Indian journal of veterinary science and animal husbandry - Volume 1,
Year: 1931
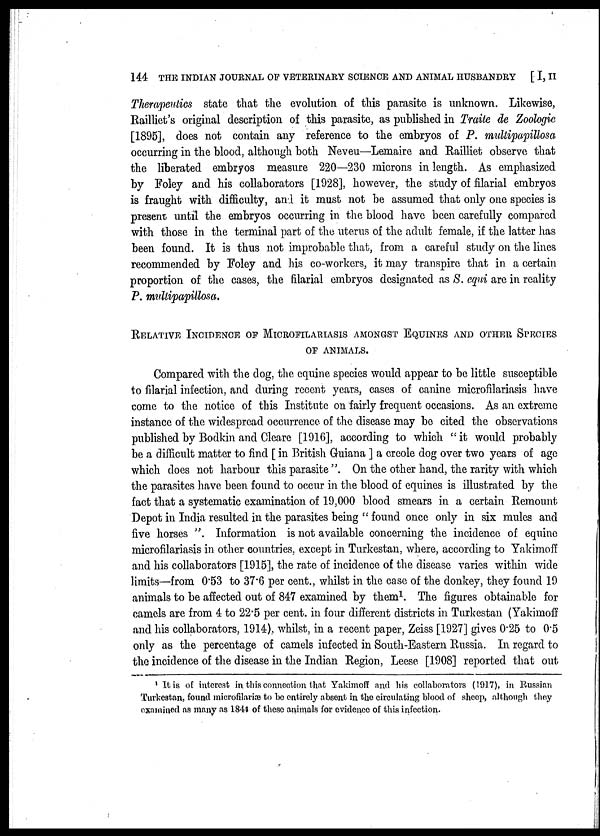
144 THE INDIAN JOURNAL OF VETERINARY SCIENCE AND ANIMAL HUSBANDRY [ I, II
Therapeutics state that the evolution of this parasite is unknown. Likewise,
Railliet's original description of this parasite, as published in Traile de Zoologic
[1895], does not contain any reference to the embryos of P. multipapillosa
occurring in the blood, although both Neveu—Lemaire and Railliet observe that
the liberated embryos measure 220—230 microns in length. As emphasized
by Foley and his collaborators [1928], however, the study of filarial embryos
is fraught with difficulty, and it must not be assumed that only one species is
present until the embryos occurring in the blood have been carefully compared
with those in the terminal part of the uterus of the adult female, if the latter has
been found. It is thus not improbable that, from a careful study on the lines
recommended by Foley and his co-workers, it may transpire that in a certain
proportion of the cases, the filarial embryos designated as S. equi are in reality
P. multipapillosa.
RELATIVE INCIDENCE OF MICROFILARIASIS AMONGST EQUINES AND OTHER S
OF ANIMALS.
Compared with the dog, the equine species would appear to be little susceptible
to filarial infection, and during recent years, cases of canine microfilariasis have
come to the notice of this Institute on fairly frequent occasions. As an extreme
instance of the widespread occurrence of the disease may be cited the observations
published by Bodkin and Cleare [1916], according to which " it would probably
be a difficult matter to find [ in British Guiana ] a creole dog over two years of age
which does not harbour this parasite ". On the other hand, the rarity with which
the parasites have been found to occur in the blood of equines is illustrated by the
fact that a systematic examination of 19,000 blood smears in a certain Remount
Depot in India resulted in the parasites being " found once only in six mules and
five horses ". Information is not available concerning the incidence of equine
microfilariasis in other countries, except in Turkestan, where, according to Yakimoff
and his collaborators [1915], the rate of incidence of the disease varies within wide
limits—from 0.53 to 37.6 per cent., whilst in the case of the donkey, they found 19
animals to be affected out of 847 examined by them 1 . The figures obtainable for
camels are from 4 to 22.5 per cent. in four different districts in Turkestan (Yakimoff
and his collaborators, 1914), whilst, in a recent paper, Zeiss [1927] gives 0.25 to 0.5
only as the percentage of camels infected in South-Eastern Russia. In regard to
the incidence of the disease in the Indian Region, Leese [1908] reported that out
1 It is of interest in this connection that Yakimoff and his collaborators (1917), in Russian
Turkestan, found microfilariæ to be entirely absent in the circulating blood of sheep, although they
examined as many as 1844 of these animals for evidence of this infection.